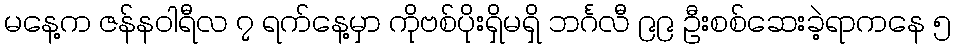
မနေ့က ဇန်နဝါရီလ ၇ ရက်နေ့မှာ ကိုဗစ်ပိုးရှိမရှိ ဘင်္ဂလီ ၉၉ ဦးစစ်ဆေးခဲ့ရာကနေ ၅